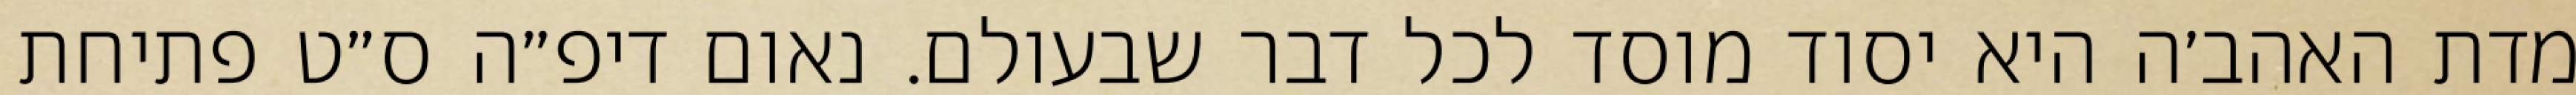
מדת האהב׳ה היא יסוד מוסד לכל דבר שבעולם. נאום דיפ״ה ס״ט פתיחת